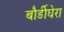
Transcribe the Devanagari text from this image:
बौर्डीघेरा